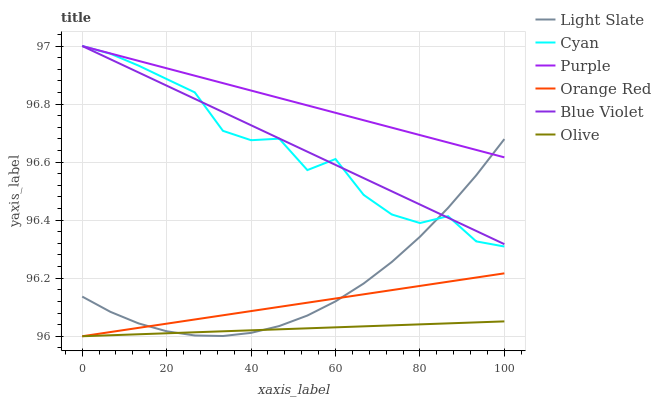
| xaxis_label | Light Slate | Cyan | Purple | Orange Red | Blue Violet | Olive |
 | --- | --- | --- | --- | --- | --- | --- |
 | 0 | 96.1 | 97 | 97 | 96 | 97 | 96 |
 | 6.67 | 96.1 | 97 | 97 | 96 | 97 | 96 |
 | 13.3 | 96 | 96.9 | 96.9 | 96 | 96.9 | 96 |
 | 20 | 96 | 96.9 | 96.9 | 96 | 96.9 | 96 |
 | 26.7 | 96 | 96.8 | 96.9 | 96.1 | 96.8 | 96 |
 | 33.3 | 96 | 96.7 | 96.9 | 96.1 | 96.8 | 96 |
 | 40 | 96 | 96.7 | 96.8 | 96.1 | 96.7 | 96 |
 | 46.7 | 96 | 96.7 | 96.8 | 96.1 | 96.7 | 96 |
 | 53.3 | 96.1 | 96.6 | 96.8 | 96.1 | 96.6 | 96 |
 | 60 | 96.1 | 96.6 | 96.8 | 96.1 | 96.6 | 96 |
 | 66.7 | 96.2 | 96.5 | 96.7 | 96.1 | 96.5 | 96 |
 | 73.3 | 96.3 | 96.4 | 96.7 | 96.2 | 96.5 | 96 |
 | 80 | 96.3 | 96.4 | 96.7 | 96.2 | 96.5 | 96 |
 | 86.7 | 96.4 | 96.4 | 96.7 | 96.2 | 96.4 | 96 |
 | 93.3 | 96.6 | 96.3 | 96.6 | 96.2 | 96.4 | 96 |
 | 100 | 96.7 | 96.3 | 96.6 | 96.2 | 96.3 | 96.1 |